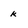
Character: k